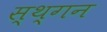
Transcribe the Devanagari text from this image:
स्थ्गन